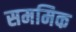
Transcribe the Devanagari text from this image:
सममिक